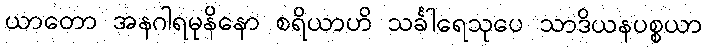
ယာတော အနဂါရမုနိနော စရိယာဟိ သင်္ခါရေသုပေ သာဒိယနပစ္စယာ